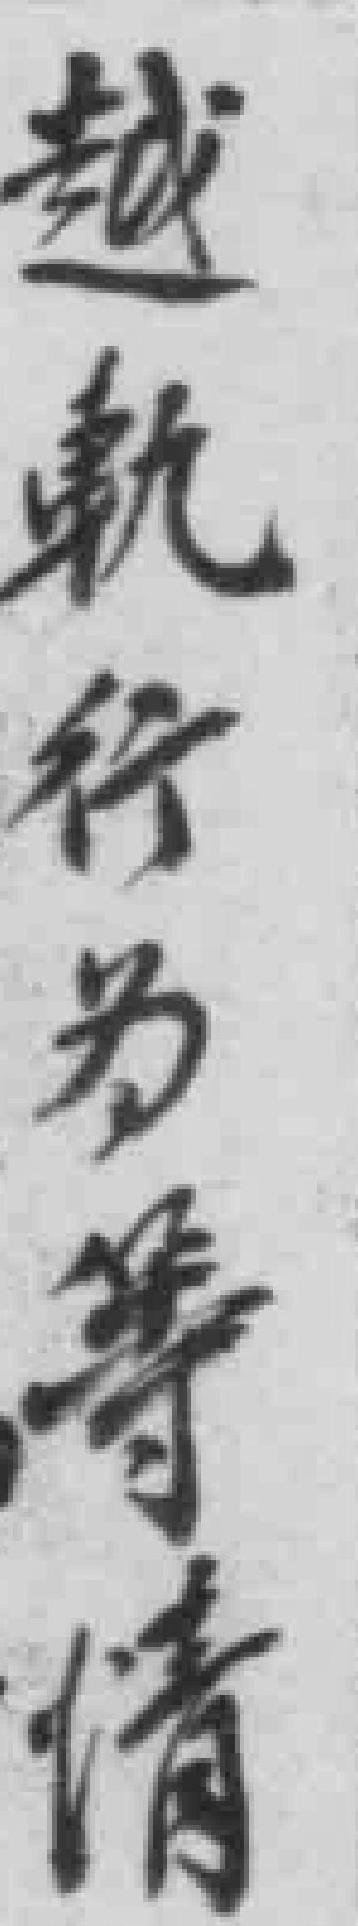
越軌行为等情